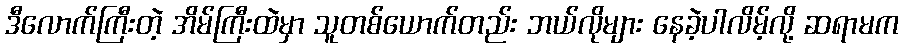
ဒီလောက်ကြီးတဲ့ အိမ်ကြီးထဲမှာ သူတစ်ယောက်တည်း ဘယ်လိုများ နေခဲ့ပါလိမ့်လို့ ဆရာမက